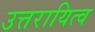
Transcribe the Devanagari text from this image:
उत्तरायित्व